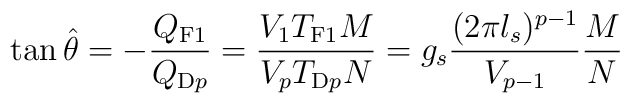
\tan \hat{\theta} = - \frac{Q_{\rm F1}}{Q_{{\rm D}p}} = \frac{V_1 T_{\rm F1} M}{V_p T_{{\rm D}p} N}= g_s \frac{(2\pi l_s )^{p-1} }{V_{p-1}} \frac{M}{N}